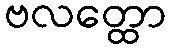
ဗလတ္ထော